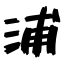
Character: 浦